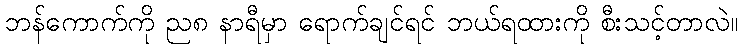
ဘန်ကောက်ကို ည၈ နာရီမှာ ရောက်ချင်ရင် ဘယ်ရထားကို စီးသင့်တာလဲ။